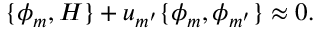
\{ \phi _ { m } , H \} + u _ { m ^ { \prime } } \{ \phi _ { m } , \phi _ { m ^ { \prime } } \} \approx 0 .